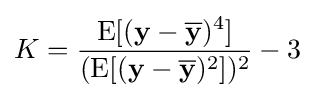
K={\frac {\operatorname {E} [(\mathbf {y} -\mathbf {\overline {y}} )^{4}]}{(\operatorname {E} [(\mathbf {y} -\mathbf {\overline {y}} )^{2}])^{2}}}-3